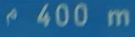
400 m